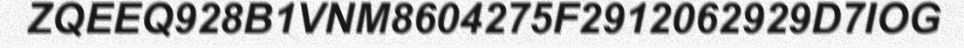
ZQEEQ928B1VNM8604275F2912062929D7IOG